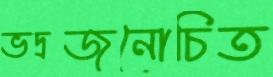
ভদ্রজনোচিত